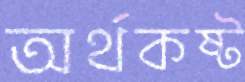
অর্থকষ্ট